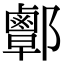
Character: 𨟜